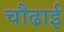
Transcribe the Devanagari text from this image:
चौढाई